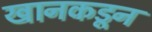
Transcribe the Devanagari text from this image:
खानकडून